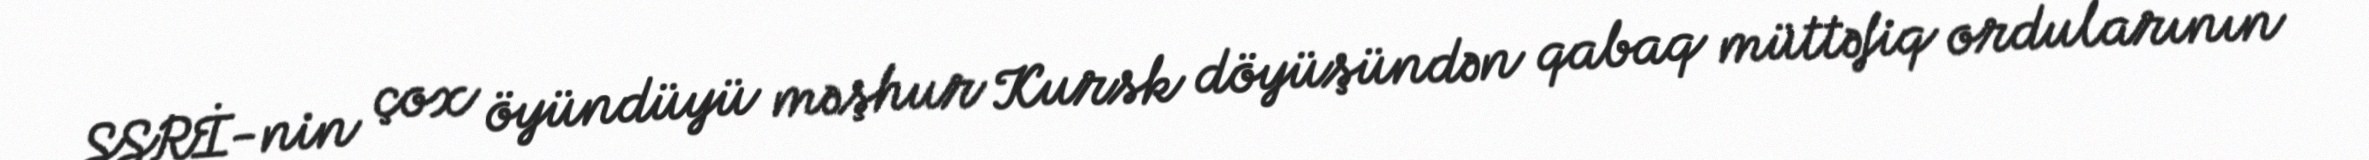
SSRİ-nin çox öyündüyü məşhur Kursk döyüşündən qabaq müttəfiq ordularının